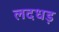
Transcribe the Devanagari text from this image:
लदधड़